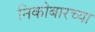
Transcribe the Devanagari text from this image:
निकोबारच्या